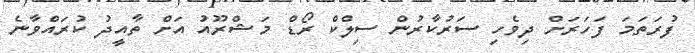
ފުރަތަމަ ފަހަރަށް ދިވެހި ސަރުކާރުން ސިލްކް ރޯޑް މަޝްރޫއު އަށް ތާއީދު ކުރައްވާނެ